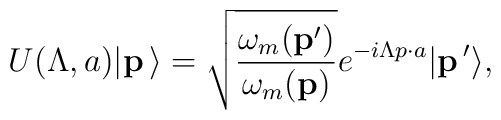
U(\Lambda ,a) \vert {\bf p}\, \rangle = \sqrt{{\omega_m ({\bf p}') \over\omega_m ({\bf p}) }} e^{- i \Lambda p \cdot a} \vert {\bf p}\,' \rangle,